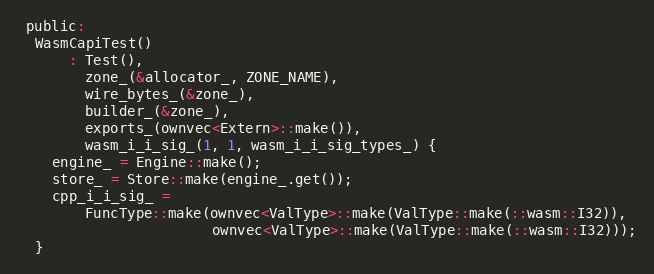
Language: C
 public:
  WasmCapiTest()
      : Test(),
        zone_(&allocator_, ZONE_NAME),
        wire_bytes_(&zone_),
        builder_(&zone_),
        exports_(ownvec<Extern>::make()),
        wasm_i_i_sig_(1, 1, wasm_i_i_sig_types_) {
    engine_ = Engine::make();
    store_ = Store::make(engine_.get());
    cpp_i_i_sig_ =
        FuncType::make(ownvec<ValType>::make(ValType::make(::wasm::I32)),
                       ownvec<ValType>::make(ValType::make(::wasm::I32)));
  }